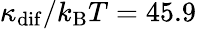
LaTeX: \kappa_{\mathrm{dif}}/k_{\mathrm{B}}T=45.9